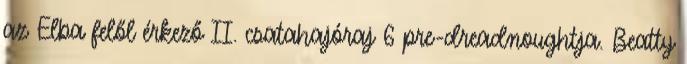
az Elba felől érkező II. csatahajóraj 6 pre-dreadnoughtja. Beatty